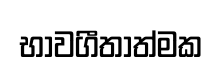
භාවගීතාත්මක